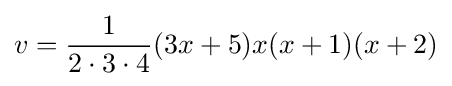
v={\frac {1}{2\cdot 3\cdot 4}}(3x+5)x(x+1)(x+2)